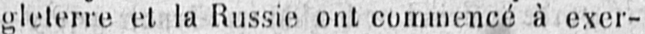
gleterre et la Russie ont commencé à exer-